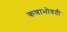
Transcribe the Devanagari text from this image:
कणाभोवती